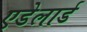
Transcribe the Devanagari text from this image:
एडेलार्ड